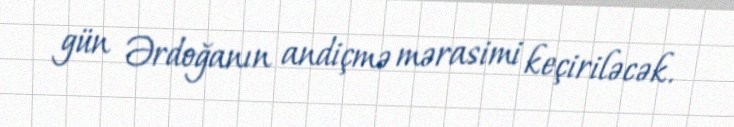
gün Ərdoğanın andiçmə mərasimi keçiriləcək.